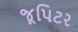
જૂપિટર